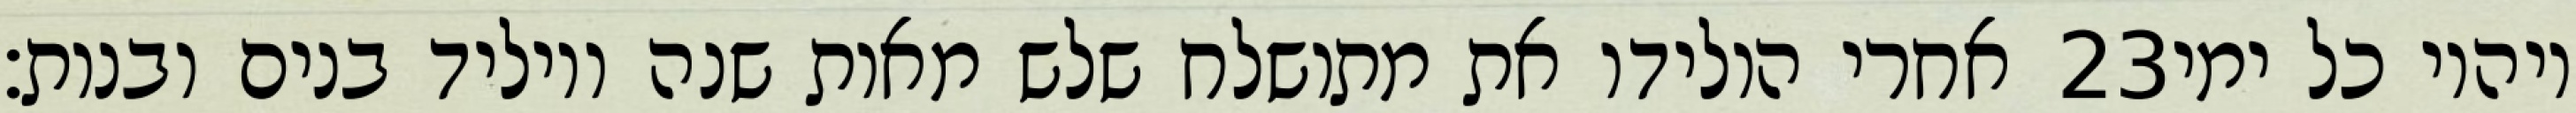
אחרי הולידו את מתושלח שלש מאות שנה ויוליד בנים ובנות׃ ‎23‏ ויהיו כל ימי